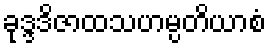
ခုဒ္ဒဒိဇာထသဟမ္ပတိယာစံ